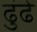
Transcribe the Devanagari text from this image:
ढुंढे